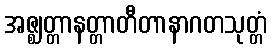
အဇ္ဈတ္တာနတ္တာတီတာနာဂတသုတ္တံ